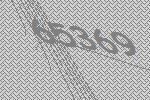
65369